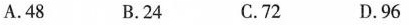
A. 48 B. 24 C. 72 D. 96